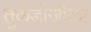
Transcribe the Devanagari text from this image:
तुकडोजीका